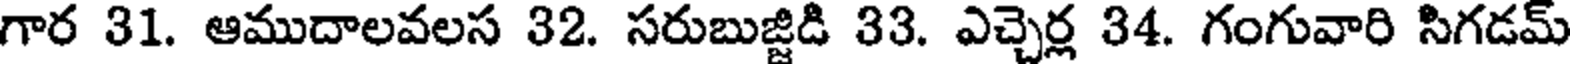
గార 31. ఆముదాలవలస 32. సరుబుజ్జిడి 33. ఎచ్చెర్ల 34. గంగువారి సిగడమ్